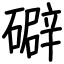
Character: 礔